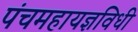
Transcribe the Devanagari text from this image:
पंचमहायज्ञविधी